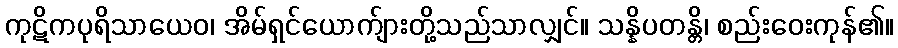
ကုဋိကပုရိသာယေဝ၊ အိမ်ရှင်ယောက်ျားတို့သည်သာလျှင်။ သန္နိပတန္တိ၊ စည်းဝေးကုန်၏။